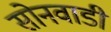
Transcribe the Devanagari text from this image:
सोनवाडी